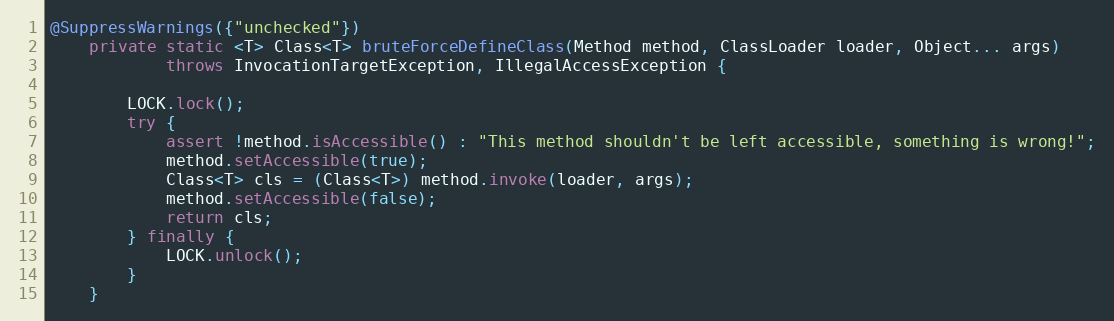
Language: Java
@SuppressWarnings({"unchecked"})
    private static <T> Class<T> bruteForceDefineClass(Method method, ClassLoader loader, Object... args)
            throws InvocationTargetException, IllegalAccessException {

        LOCK.lock();
        try {
            assert !method.isAccessible() : "This method shouldn't be left accessible, something is wrong!";
            method.setAccessible(true);
            Class<T> cls = (Class<T>) method.invoke(loader, args);
            method.setAccessible(false);
            return cls;
        } finally {
            LOCK.unlock();
        }
    }